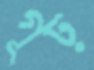
গূঢ়